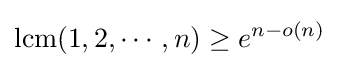
\operatorname {lcm} (1,2,\cdots ,n)\geq e^{n-o(n)}